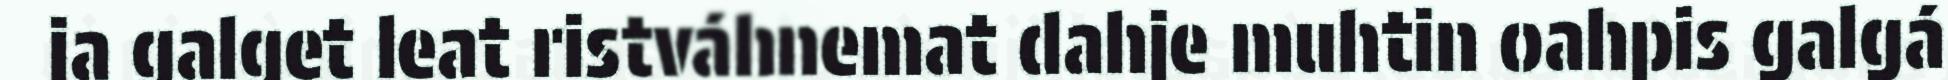
ja galget leat ristváhnemat dahje muhtin oahpis galgá